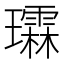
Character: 𪼬